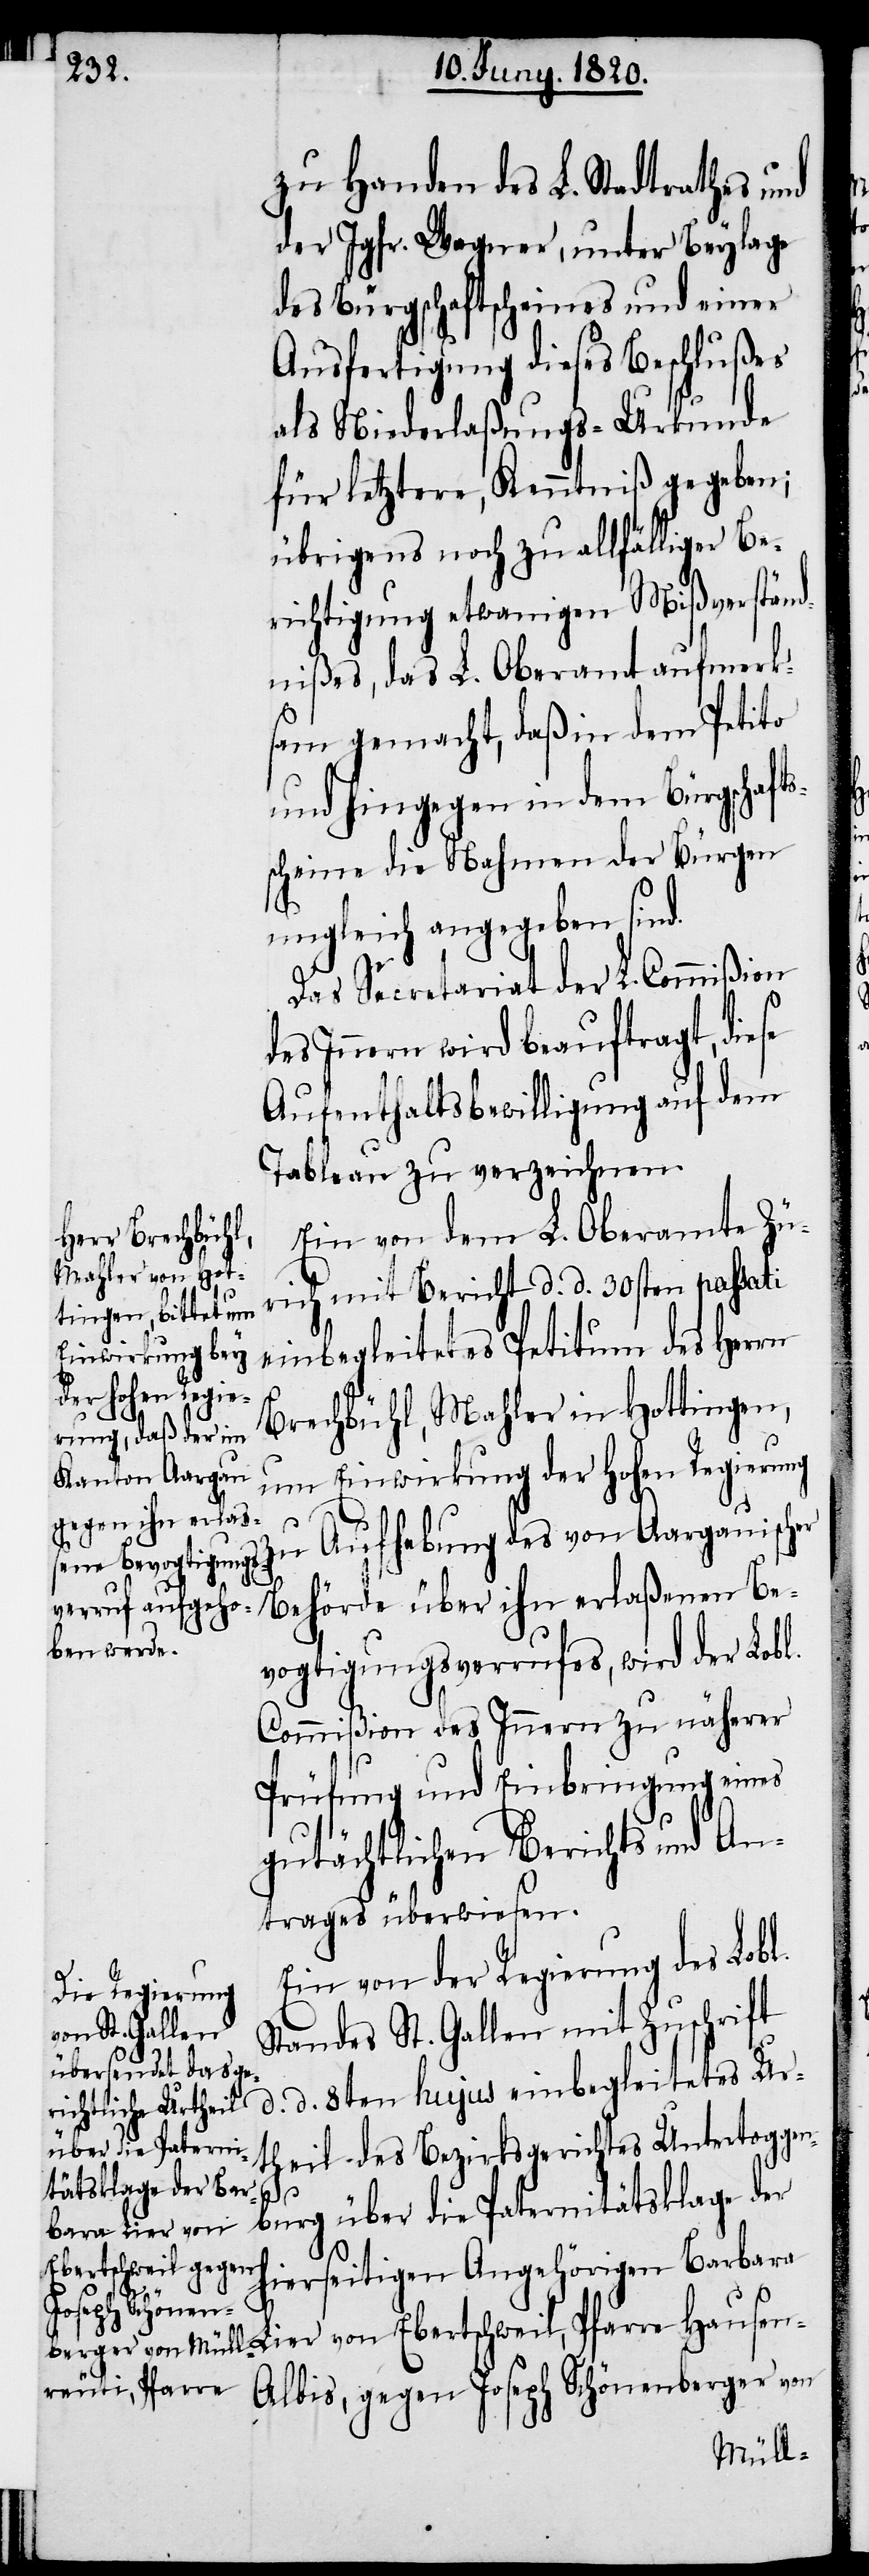
zu Handen des L. Stadtrathes und
der Jgfr. Wagner, unter Beylage
des Bürgschaftsscheines und einer
Ausfertigung dieses Beschlußes
als Niederlaßungs-Urkunde
für letztere, Kenntniß gegeben;
übrigens noch zu allfälliger Be¬
richtigung etwanigen Mißverständ¬
nißes, das L. Oberamt aufmerk¬
sam gemacht, daß in dem Petito
und hingegen in dem Bürgschaft¬
scheine die Nahmen der Bürger
ungleich angegeben sind.
Das Secretariat der L. Commißion
des Innern wird beauftragt, diese
Aufenthaltsbewilligung auf dem
Tableau zu verzeichnen.
Ein von dem L. Oberamte Zü¬
rich mit Bericht d. d. 30sten passati
einbegleitetes Petitum des Herrn
Be¬
Brechbühl, Mahler in Hottingen,
Einwirkung der hohen Regierung
Hausen-A¬
über ihn erlaße¬
zu Aufhebung des von Aargauischer
vogtigungsverrufes, wird der Lobl.
Commiβion des Innern zu näherer
Prüfung und Einbringung eines
gutächtlichen Berichts und An¬
trages überwiesen.
Ein von der Regierung des Lobl.
Standes St. Gallen mit Zuschrift
d. d. 8ten hujus einbegleitetes Ur¬
theil des Bezirksgerichtes Untertoggen¬
burg über die Paternitätsklage der
bara Lier von
hierseitigen Angehörigen Bar¬
lbis, gegen Joseph Schönenberger von